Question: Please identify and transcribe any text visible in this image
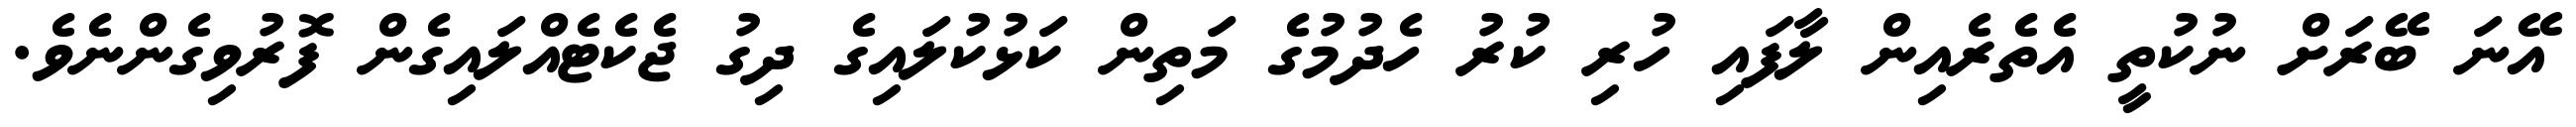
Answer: އޭނަ ބޭރަށް ނުކުތީ އެތެރެއިން ލާފައި ހުރި ކުރު ހެދުމުގެ މަތިން ކަޅުކުލައިގެ ދިގު ޖެކެޓެއްލައިގެން ފޮރުވިގެންނެވެ.